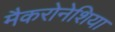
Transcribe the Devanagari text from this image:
मैकरोनेशिया